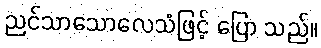
ညင်သာသောလေသံဖြင့် ပြော သည်။